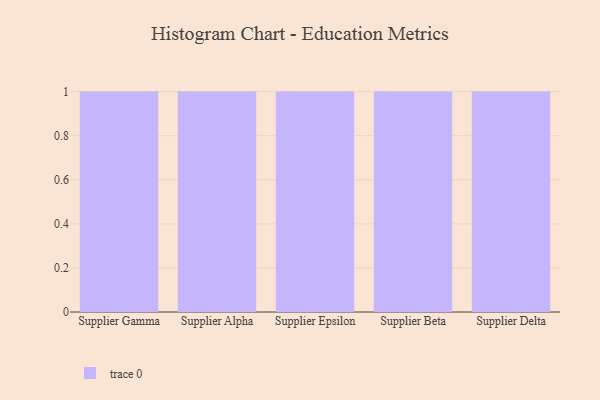
{"axis": {"x": "Supplier", "y": "Waste Production (Tons)"}, "legend": [""], "data": [{"x": "Supplier Gamma", "y": 87, "type": ""}, {"x": "Supplier Alpha", "y": 70, "type": ""}, {"x": "Supplier Epsilon", "y": 57, "type": ""}, {"x": "Supplier Beta", "y": 64, "type": ""}, {"x": "Supplier Delta", "y": 56, "type": ""}]}